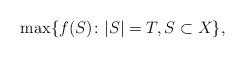
LaTeX: \begin{align*}\max\{f(S)\colon |S|=T, S \subset X\},\end{align*}